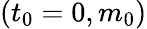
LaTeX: (t_{0}=0,m_{0})